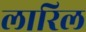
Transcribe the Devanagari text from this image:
लारिल